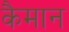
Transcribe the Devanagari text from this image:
कैमान